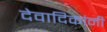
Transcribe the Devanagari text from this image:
देवादिकांनी